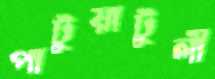
পাটুয়াটুলী